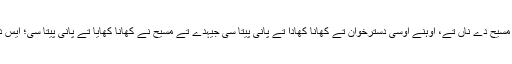
اُوہنے مسیح دی خوشخبری دی منادی کیتی سی، اُوہنے بدروحواں نوں کڈیا سی، مسیح دے ناں تے، اُوہنے اُوسی دسترخوان تے کھانا کھادا تے پانی پیتا سی جیہدے تے مسیح نے کھانا کھایا تے پانی پیتا سی؛ ایس دے باوجود یہوداہ صرف اِک منافق سی، جیہڑا ’’خود اپنی ای تھاں‘‘ جہنم چہ گیا!